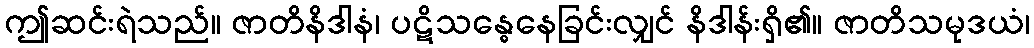
ဤဆင်းရဲသည်။ ဇာတိနိဒါနံ၊ ပဋိသန္ဓေနေခြင်းလျှင် နိဒါန်းရှိ၏။ ဇာတိသမုဒယံ၊